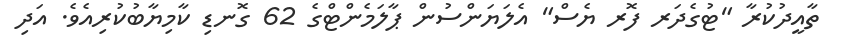
ތާއީދުކުރާ "ޓުގެދަރ ފޮރ ޔެސް" އެލަޔަންސުން ޕާލަމެންޓްގެ 62 ގޮނޑި ކާމިޔާބުކުރިއެވެ. އަދި